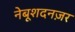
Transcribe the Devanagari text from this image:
नेबूशदनज़र